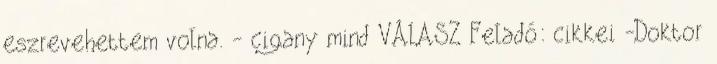
eszrevehettem volna. - cigany mind VÁLASZ Feladó: cikkei -Doktor